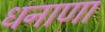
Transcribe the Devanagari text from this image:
धनाणा